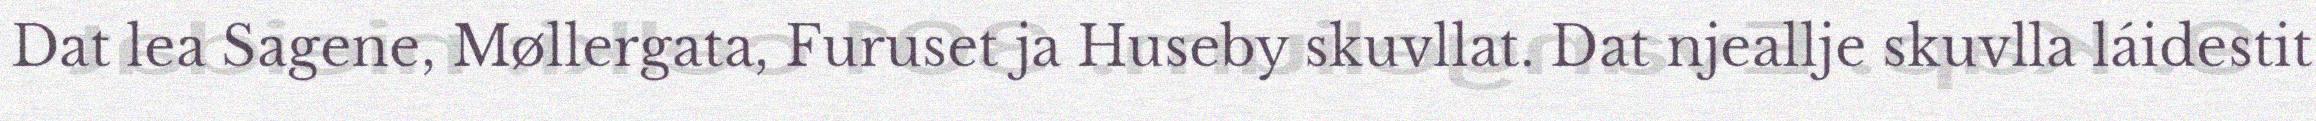
Dat lea Sagene, Møllergata, Furuset ja Huseby skuvllat. Dat njeallje skuvlla láidestit